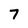
Character: 7